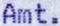
AMT.